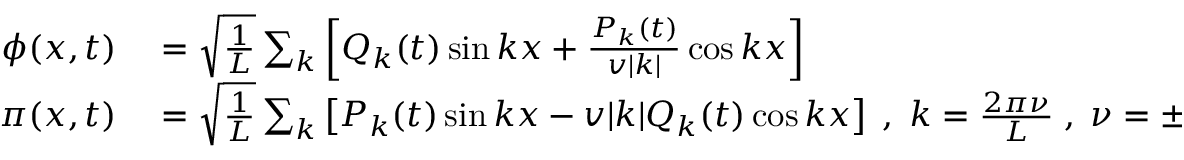
\begin{array} { r l } { \phi ( x , t ) } & { { } = \sqrt { \frac { 1 } { L } } \sum _ { k } \left[ Q _ { k } ( t ) \sin k x + \frac { P _ { k } ( t ) } { v | k | } \cos k x \right] } \\ { \pi ( x , t ) } & { { } = \sqrt { \frac { 1 } { L } } \sum _ { k } \left[ P _ { k } ( t ) \sin k x - v | k | Q _ { k } ( t ) \cos k x \right] \; , \; k = \frac { 2 \pi \nu } { L } \; , \; \nu = \pm 1 , \pm 2 , . . . } \end{array}